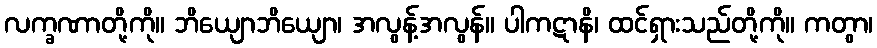
လက္ခဏာတို့ကို။ ဘိယျောဘိယျော၊ အလွန့်အလွန်။ ပါကဋာနိ၊ ထင်ရှားသည်တို့ကို။ ကတွာ၊